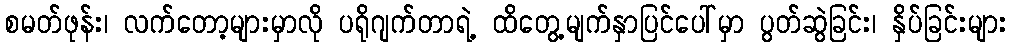
စမတ်ဖုန်း၊ လက်တော့များမှာလို ပရိုဂျက်တာရဲ့ ထိတွေ့မျက်နှာပြင်ပေါ်မှာ ပွတ်ဆွဲခြင်း၊ နှိပ်ခြင်းများ